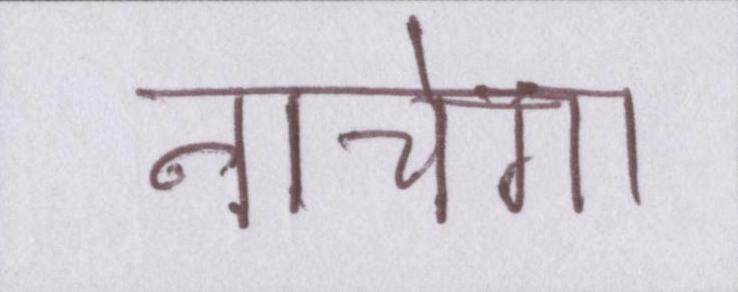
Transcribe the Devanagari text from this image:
नाचेगा